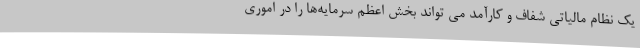
یک نظام مالیاتی شفاف و کارآمد می تواند بخش اعظم سرمایه‌ها را در اموری